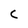
Character: 5